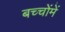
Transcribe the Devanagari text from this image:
बच्‍चोंमें